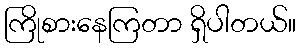
ကြိုစားနေကြတာ ရှိပါတယ်။